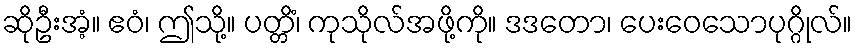
ဆိုဦးအံ့။ ဧဝံ၊ ဤသို့။ ပတ္တိံ၊ ကုသိုလ်အဖို့ကို။ ဒဒတော၊ ပေးဝေသောပုဂ္ဂိုလ်။